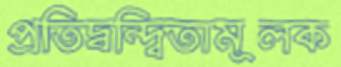
প্রতিদ্বন্দ্বিতামূলক